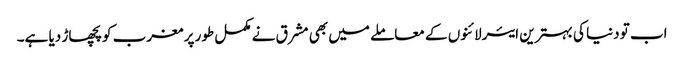
اب تو دنیا کی بہترین ایئرلائنوں کے معاملے میں بھی مشرق نے مکمل طور پر مغرب کو پچھاڑ دیا ہے۔